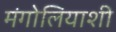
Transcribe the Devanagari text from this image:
मंगोलियाशी